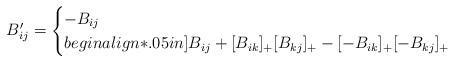
LaTeX: \begin{align*}B'_{ij} =\begin{cases}-B_{ij} & \\begin{align*}.05in]B_{ij} + [B_{ik}]_+ [B_{kj}]_+ - [-B_{ik}]_+ [-B_{kj}]_+ & \end{cases}\end{align*}